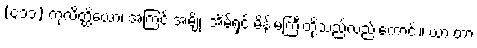
(၄၁၁) ကုလိတ္ထိယော၊ အကြင် အမျိုး အိမ်ရှင် မိန်းမကြီးတို့သည်လည်းကောင်း။ ယာ တာ